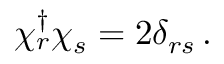
\chi _ { r } ^ { \dag } \chi _ { s } = 2 \delta _ { r s } \, .